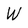
Character: W